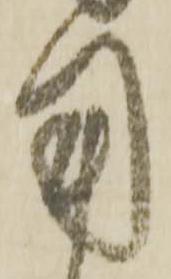
用